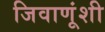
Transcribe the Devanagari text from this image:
जिवाणूंशी